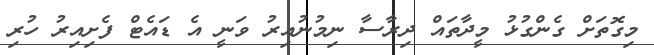
މިގޮތަށް ގެންގުޅު މީދާތައް ދިރާސާ ނިމުނުއިރު ވަނީ އެ ޑައެޓް ފެށިއިރު ހުރި